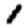
Digit: 1